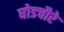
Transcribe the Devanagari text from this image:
घोडचौरे